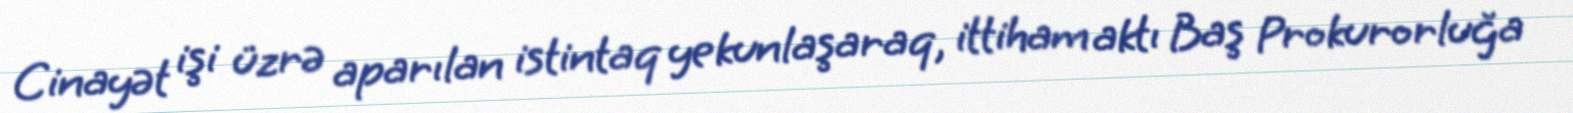
Cinayət işi üzrə aparılan istintaq yekunlaşaraq, ittiham aktı Baş Prokurorluğa